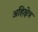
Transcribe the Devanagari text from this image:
अहिक्षेत्र